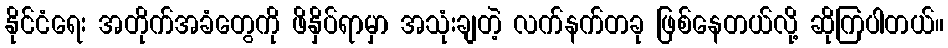
နိုင်ငံရေး အတိုက်အခံတွေကို ဖိနှိပ်ရာမှာ အသုံးချတဲ့ လက်နက်တခု ဖြစ်နေတယ်လို့ ဆိုကြပါတယ်။